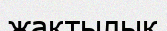
жақтылық